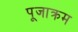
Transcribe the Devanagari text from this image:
पूजाक्रम